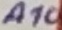
Text: A10